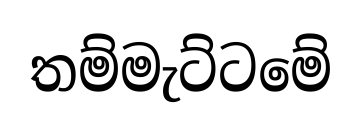
තම්මැට්ටමේ